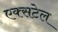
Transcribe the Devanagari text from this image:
एक्सटेल